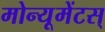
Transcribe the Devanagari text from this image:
मोन्यूमेंटस्